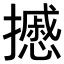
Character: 𢷾